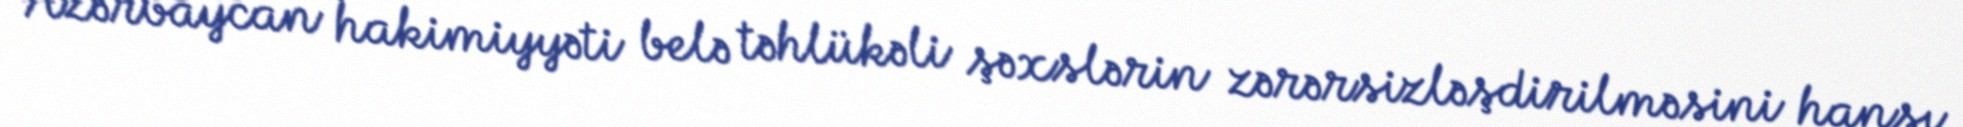
Azərbaycan hakimiyyəti belə təhlükəli şəxslərin zərərsizləşdirilməsini hansı